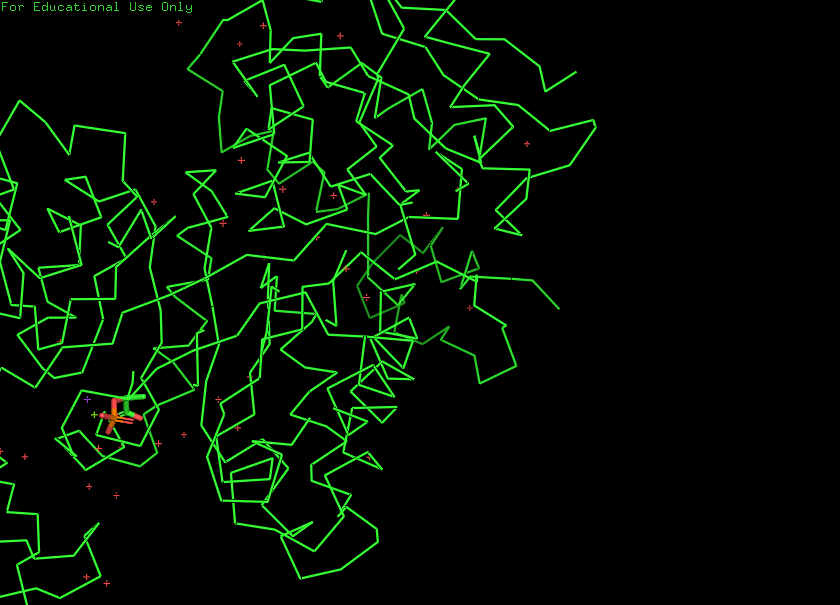
pymol, preset, simple